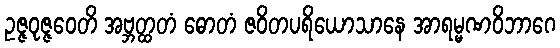
ဥဇ္ဇဝုဇ္ဇဝေတိ အဗ္ဘတ္ထတံ ဓောတံ ဇဝိတပရိယောသာနေ အာရမ္မဏဝိဘာဂေ